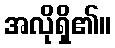
အလိုရှိ၏။